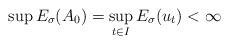
LaTeX: \begin{align*}\sup E_\sigma(A_0)=\sup_{t\in I}E_\sigma(u_t)<\infty\end{align*}